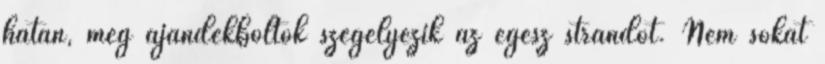
hátán, meg ajándékboltok szegélyezik az egész strandot. Nem sokat